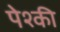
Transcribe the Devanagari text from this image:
पेश्की